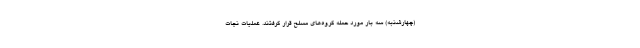
(چهارشنبه) سه بار مورد حمله گروه‌های مسلح قرار گرفتند. عملیات نجات